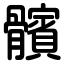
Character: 髕